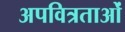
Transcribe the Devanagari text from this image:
अपवित्रताओं